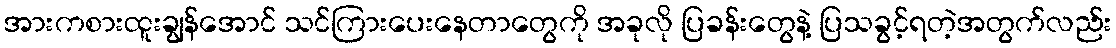
အားကစားထူးချွန်အောင် သင်ကြားပေးနေတာတွေကို အခုလို ပြခန်းတွေနဲ့ ပြသခွင့်ရတဲ့အတွက်လည်း